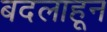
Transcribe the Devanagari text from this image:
बदलाहून